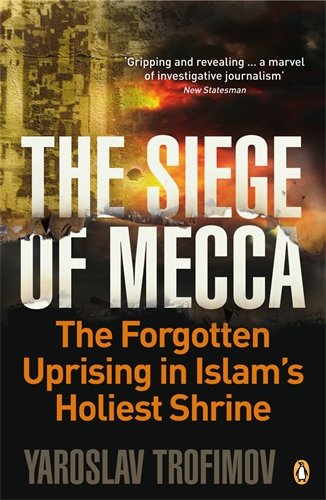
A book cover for Siege of Mecca: The Forgotten Uprising in Islam's Holiest Shrine; Yaroslav Trofimov; Religion & Spirituality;